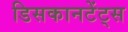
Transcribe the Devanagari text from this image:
डिसकानटेंट्स